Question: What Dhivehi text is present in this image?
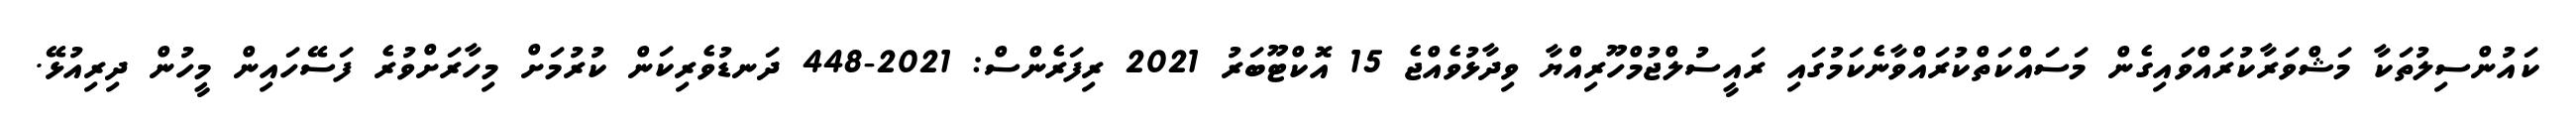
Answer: ކައުންސިލުތަކާ މަޝްވަރާކުރައްވައިގެން މަސައްކަތްކުރައްވާނެކަމުގައި ރައީސުލްޖުމްހޫރިއްޔާ ވިދާޅުވެއްޖެ 15 އޮކްޓޫބަރު 2021 ރިފަރެންސް: 2021-448 ދަނޑުވެރިކަން ކުރުމަށް މިހާރަށްވުރެ ފަސޭހައިން މީހުން ދިރިއުޅޭ.